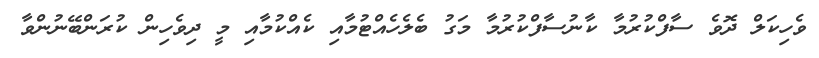
ވެހިކަލް ދޮވެ ސާފްކުރުމާ ކާނުސާފްކުރުމާ މަގު ބެލެހެއްޓުމާއި ކެއްކުމާއި މީ ދިވެހިން ކުރަންބޭނުންވާ